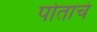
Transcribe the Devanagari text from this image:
पोताचे